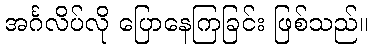
အင်္ဂလိပ်လို ပြောနေကြခြင်း ဖြစ်သည်။